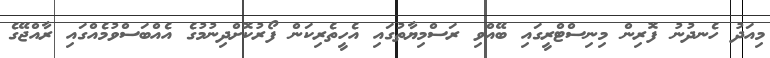
މިއަދު ހެނދުނު ފޮރިން މިނިސްޓްރީގައި ބޭއްވި ރަސްމިޔާތުގައި އެހީތެރިކަން ފޯރުކޮށްދިނުމުގެ އެއްބަސްވުމެއްގައި ރާއްޖޭގެ